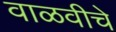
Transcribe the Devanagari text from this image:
वाळवीचे